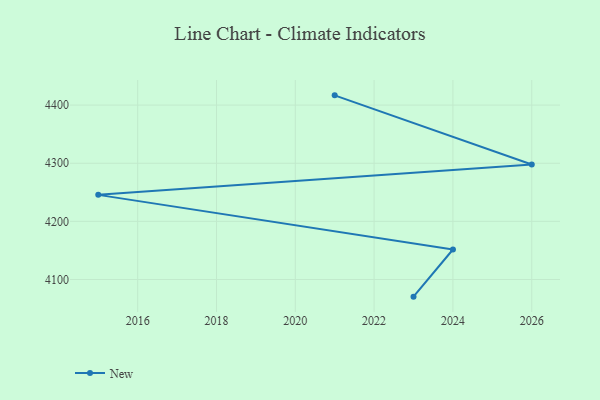
{"axis": {"x": "Year", "y": "Net Income (USD K)"}, "legend": ["New"], "data": [{"x": "2021", "y": 4416.8, "type": "New"}, {"x": "2026", "y": 4297.8, "type": "New"}, {"x": "2015", "y": 4245.6, "type": "New"}, {"x": "2024", "y": 4151.6, "type": "New"}, {"x": "2023", "y": 4070.5, "type": "New"}]}